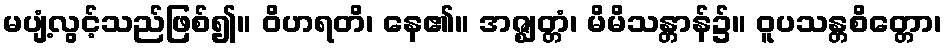
မပျံ့လွင့်သည်ဖြစ်၍။ ဝိဟရတိ၊ နေ၏။ အဇ္ဈတ္တံ၊ မိမိသန္တာန်၌။ ဝူပသန္တစိတ္တော၊